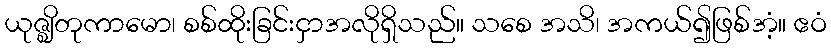
ယုဇ္ဈိတုကာမော၊ စစ်ထိုးခြင်းငှာအလိုရှိသည်။ သစေ အသိ၊ အကယ်၍ဖြစ်အံ့။ ဧဝံ